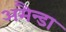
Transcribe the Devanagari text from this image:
अमैन्डा